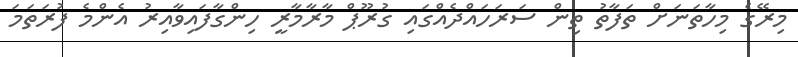
މިރޭގެ މިހާތަނަށް ތަފާތު ތިން ސަރަހައްދެއްގައި ގުރޫޕް މާރާމާރީ ހިންގާފައިވާއިރު އެންމެ ފުރަތަމަ